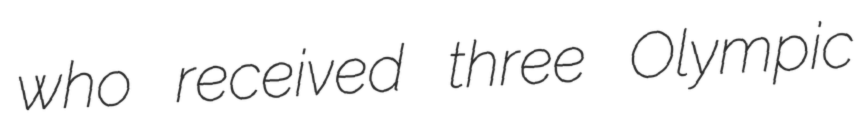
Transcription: who received three Olympic